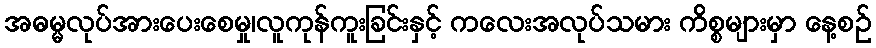
အဓမ္မလုပ်အားပေးစေမှု၊လူကုန်ကူးခြင်းနှင့် ကလေးအလုပ်သမား ကိစ္စများမှာ နေ့စဉ်